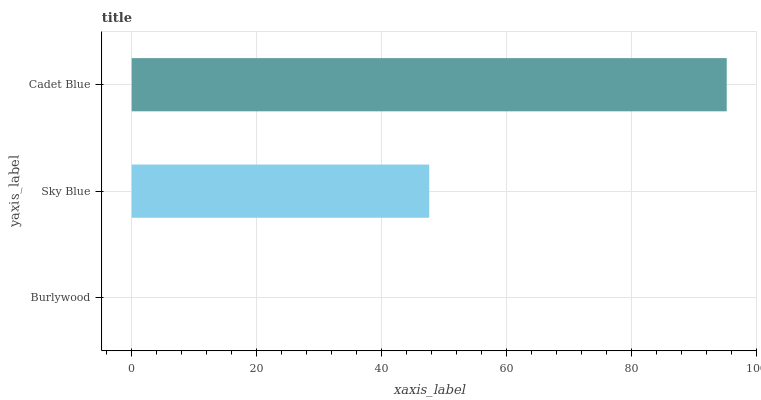
| yaxis_label | bars |
 | --- | --- |
 | Burlywood | 0 |
 | Sky Blue | 47.7 |
 | Cadet Blue | 95.3 |